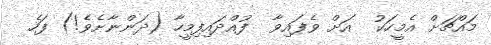
މައްޗަށް އެމީހަކު  އަށް ވެފައިވާ  ފުއްދައިފިމީހާ (ދަންނާށެވެ!) ފަހެ